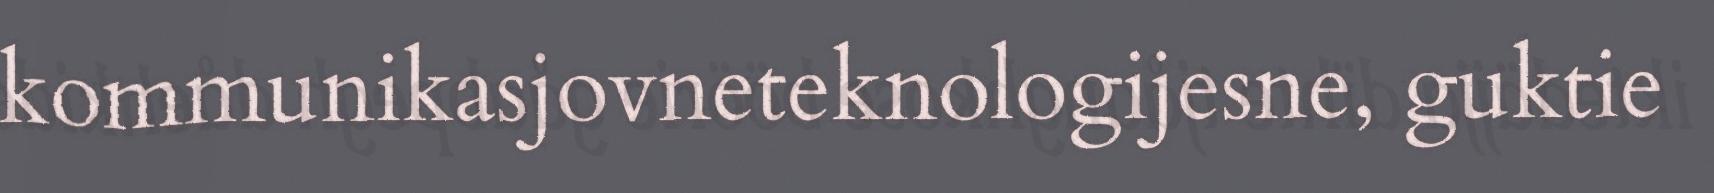
kommunikasjovneteknologijesne, guktie